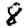
Digit: 8